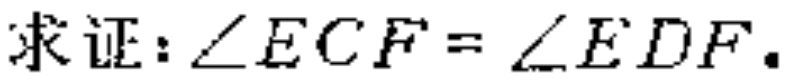
求证：\(\angle ECF = \angle EDF\).